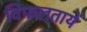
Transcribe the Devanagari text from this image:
विफलतायें